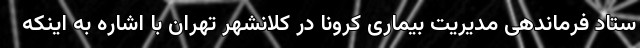
ستاد فرماندهی مدیریت بیماری کرونا در کلانشهر تهران با اشاره به اینکه